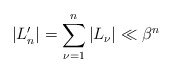
\begin{align*}\vert L_n' \vert = \sum_{\nu=1}^n \vert L_\nu \vert \ll \beta^n\end{align*}